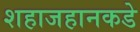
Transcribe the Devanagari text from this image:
शहाजहानकडे